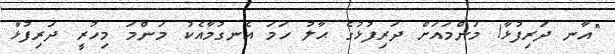
"އާނ ދަރިފުޅާ! މަންމައަށް ދަރިފުޅުގެ ޙާލު ހަމަ އެނގުމާއެކު މަންމަ މިހުރީ ދަރިފުޅާ